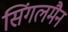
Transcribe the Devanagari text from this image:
सिंगलमैन